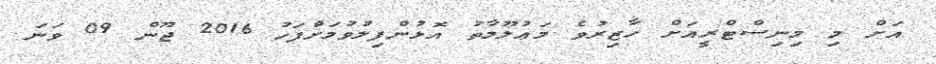
އަށް މި މިނިސްޓްރީއަށް ހާޒިރުވެ މަޢުލޫމާތު އޮޅުންފިލުވުމަށްފަހު 2016 ޖޫން 09 ވަނަ